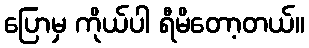
ပြောမှ ကိုယ်ပါ ရီမိတော့တယ်။